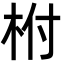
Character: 柎